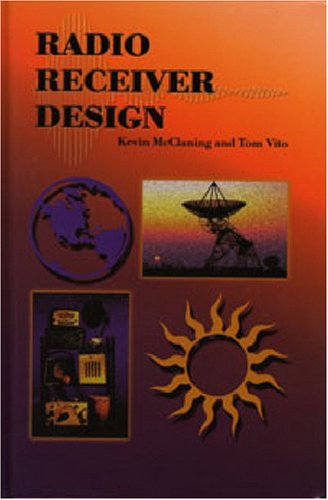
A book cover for Radio Receiver Design; Kevin McClaning and Tom Vito; Crafts, Hobbies & Home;